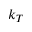
k _ { T }